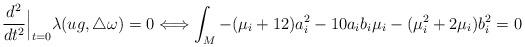
LaTeX: \begin{align*} \frac{d^2}{dt^2}\Big|_{t=0}\lambda(ug,\triangle\omega)=0\Longleftrightarrow \int_M -(\mu_i+12)a_i^2-10a_ib_i\mu_i-(\mu_i^2+2\mu_i)b_i^2=0 \end{align*}